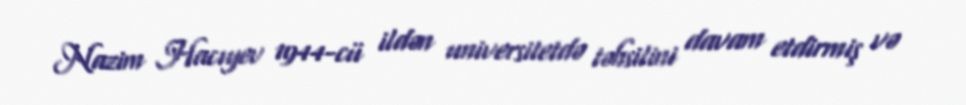
Nazim Hacıyev 1944-cü ildən universitetdə təhsilini davam etdirmiş və